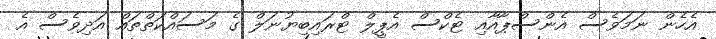
އެހެން ނަމަވެސް އެންސްޕާއާއި ޓެކްސް އެޕީލް ޓްރައިބިޔުނަލް ގެ މަސައްކަތްތައް އަދިވެސް އެ